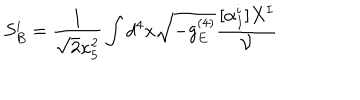
S _ { B } ^ { i } = \frac { 1 } { \sqrt 2 \kappa _ { 5 } ^ { 2 } } \int d ^ { 4 } x \sqrt { - g _ { E } ^ { ( 4 ) } } \frac { [ \alpha _ { I } ^ { i } ] X ^ { I } } { \cal V }